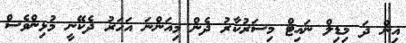
އިން ދަ މިޑިލް ނައިޓް މިސަރުކާރު ދެން މިއަންނަ އަހަރު ދެކޭނީ މުޅިންވެސް